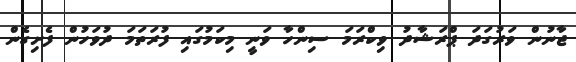
ޖާނުން ވަރުގަދަ ޕްރަޝާދު ވިކްރަމަ ސިންހާ ވަނީ މިކަމުގައި ފުރަތަމަ ދުވަހުން ފެށިގެން